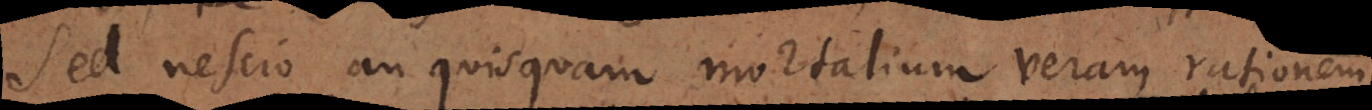
Sed nescio an quisquam mortalium veram rationem